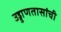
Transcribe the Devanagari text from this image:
उड्डाणतासांची